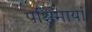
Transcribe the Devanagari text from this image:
पश्चिमायां